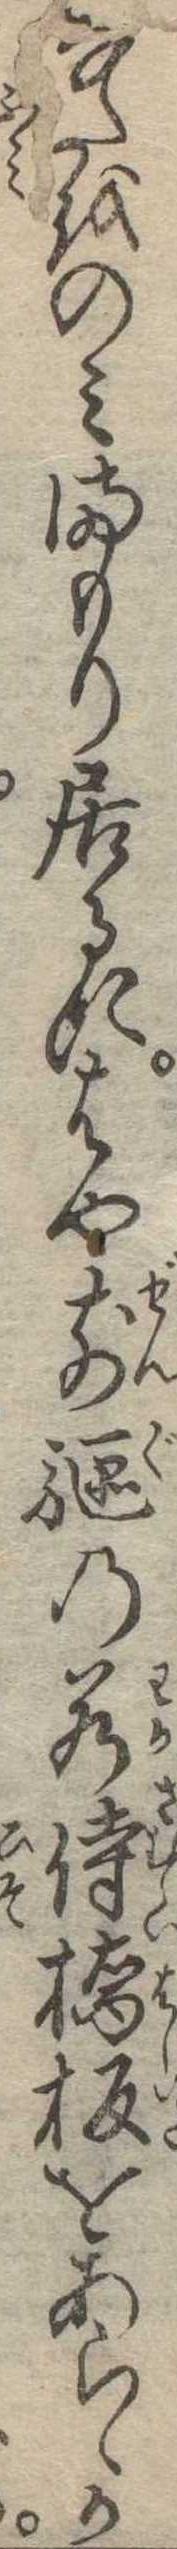
なたをのみまもり居るにはや前駆の若侍橋板をあらゝか